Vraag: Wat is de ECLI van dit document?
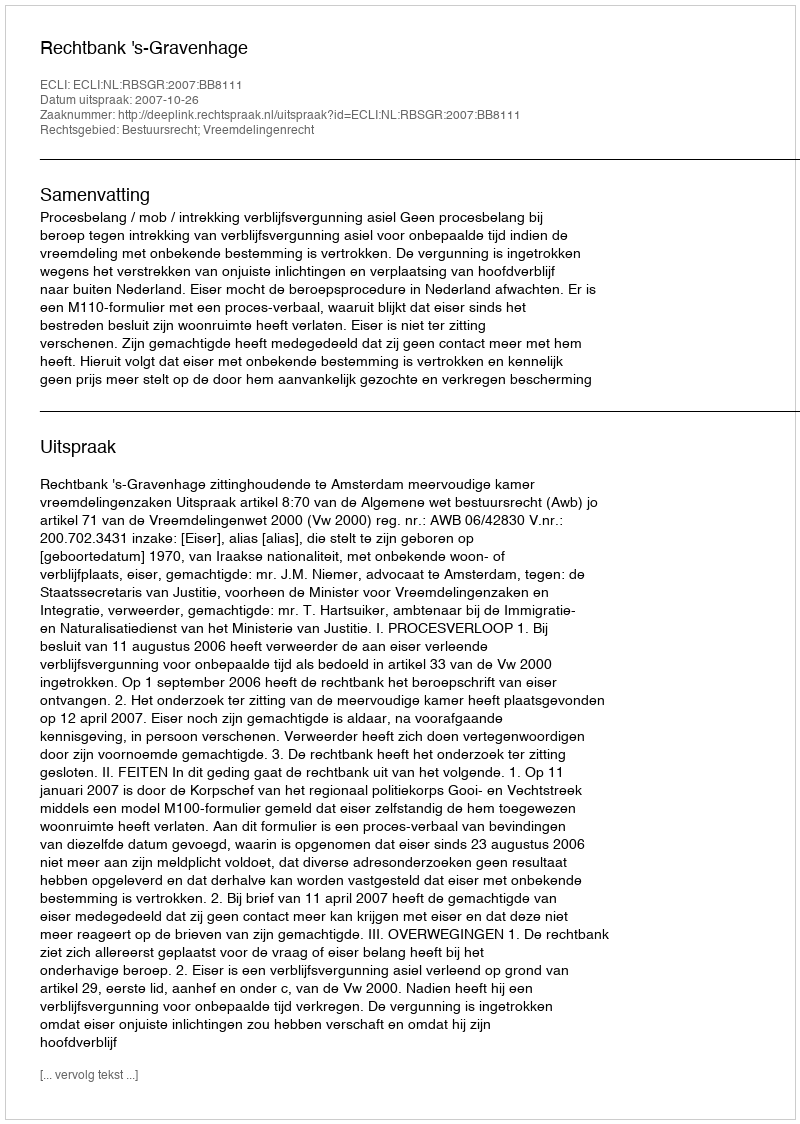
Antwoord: ECLI:NL:RBSGR:2007:BB8111